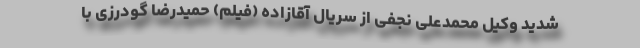
شدید وکیل محمدعلی نجفی از سریال آقازاده (فیلم) حمیدرضا گودرزی با